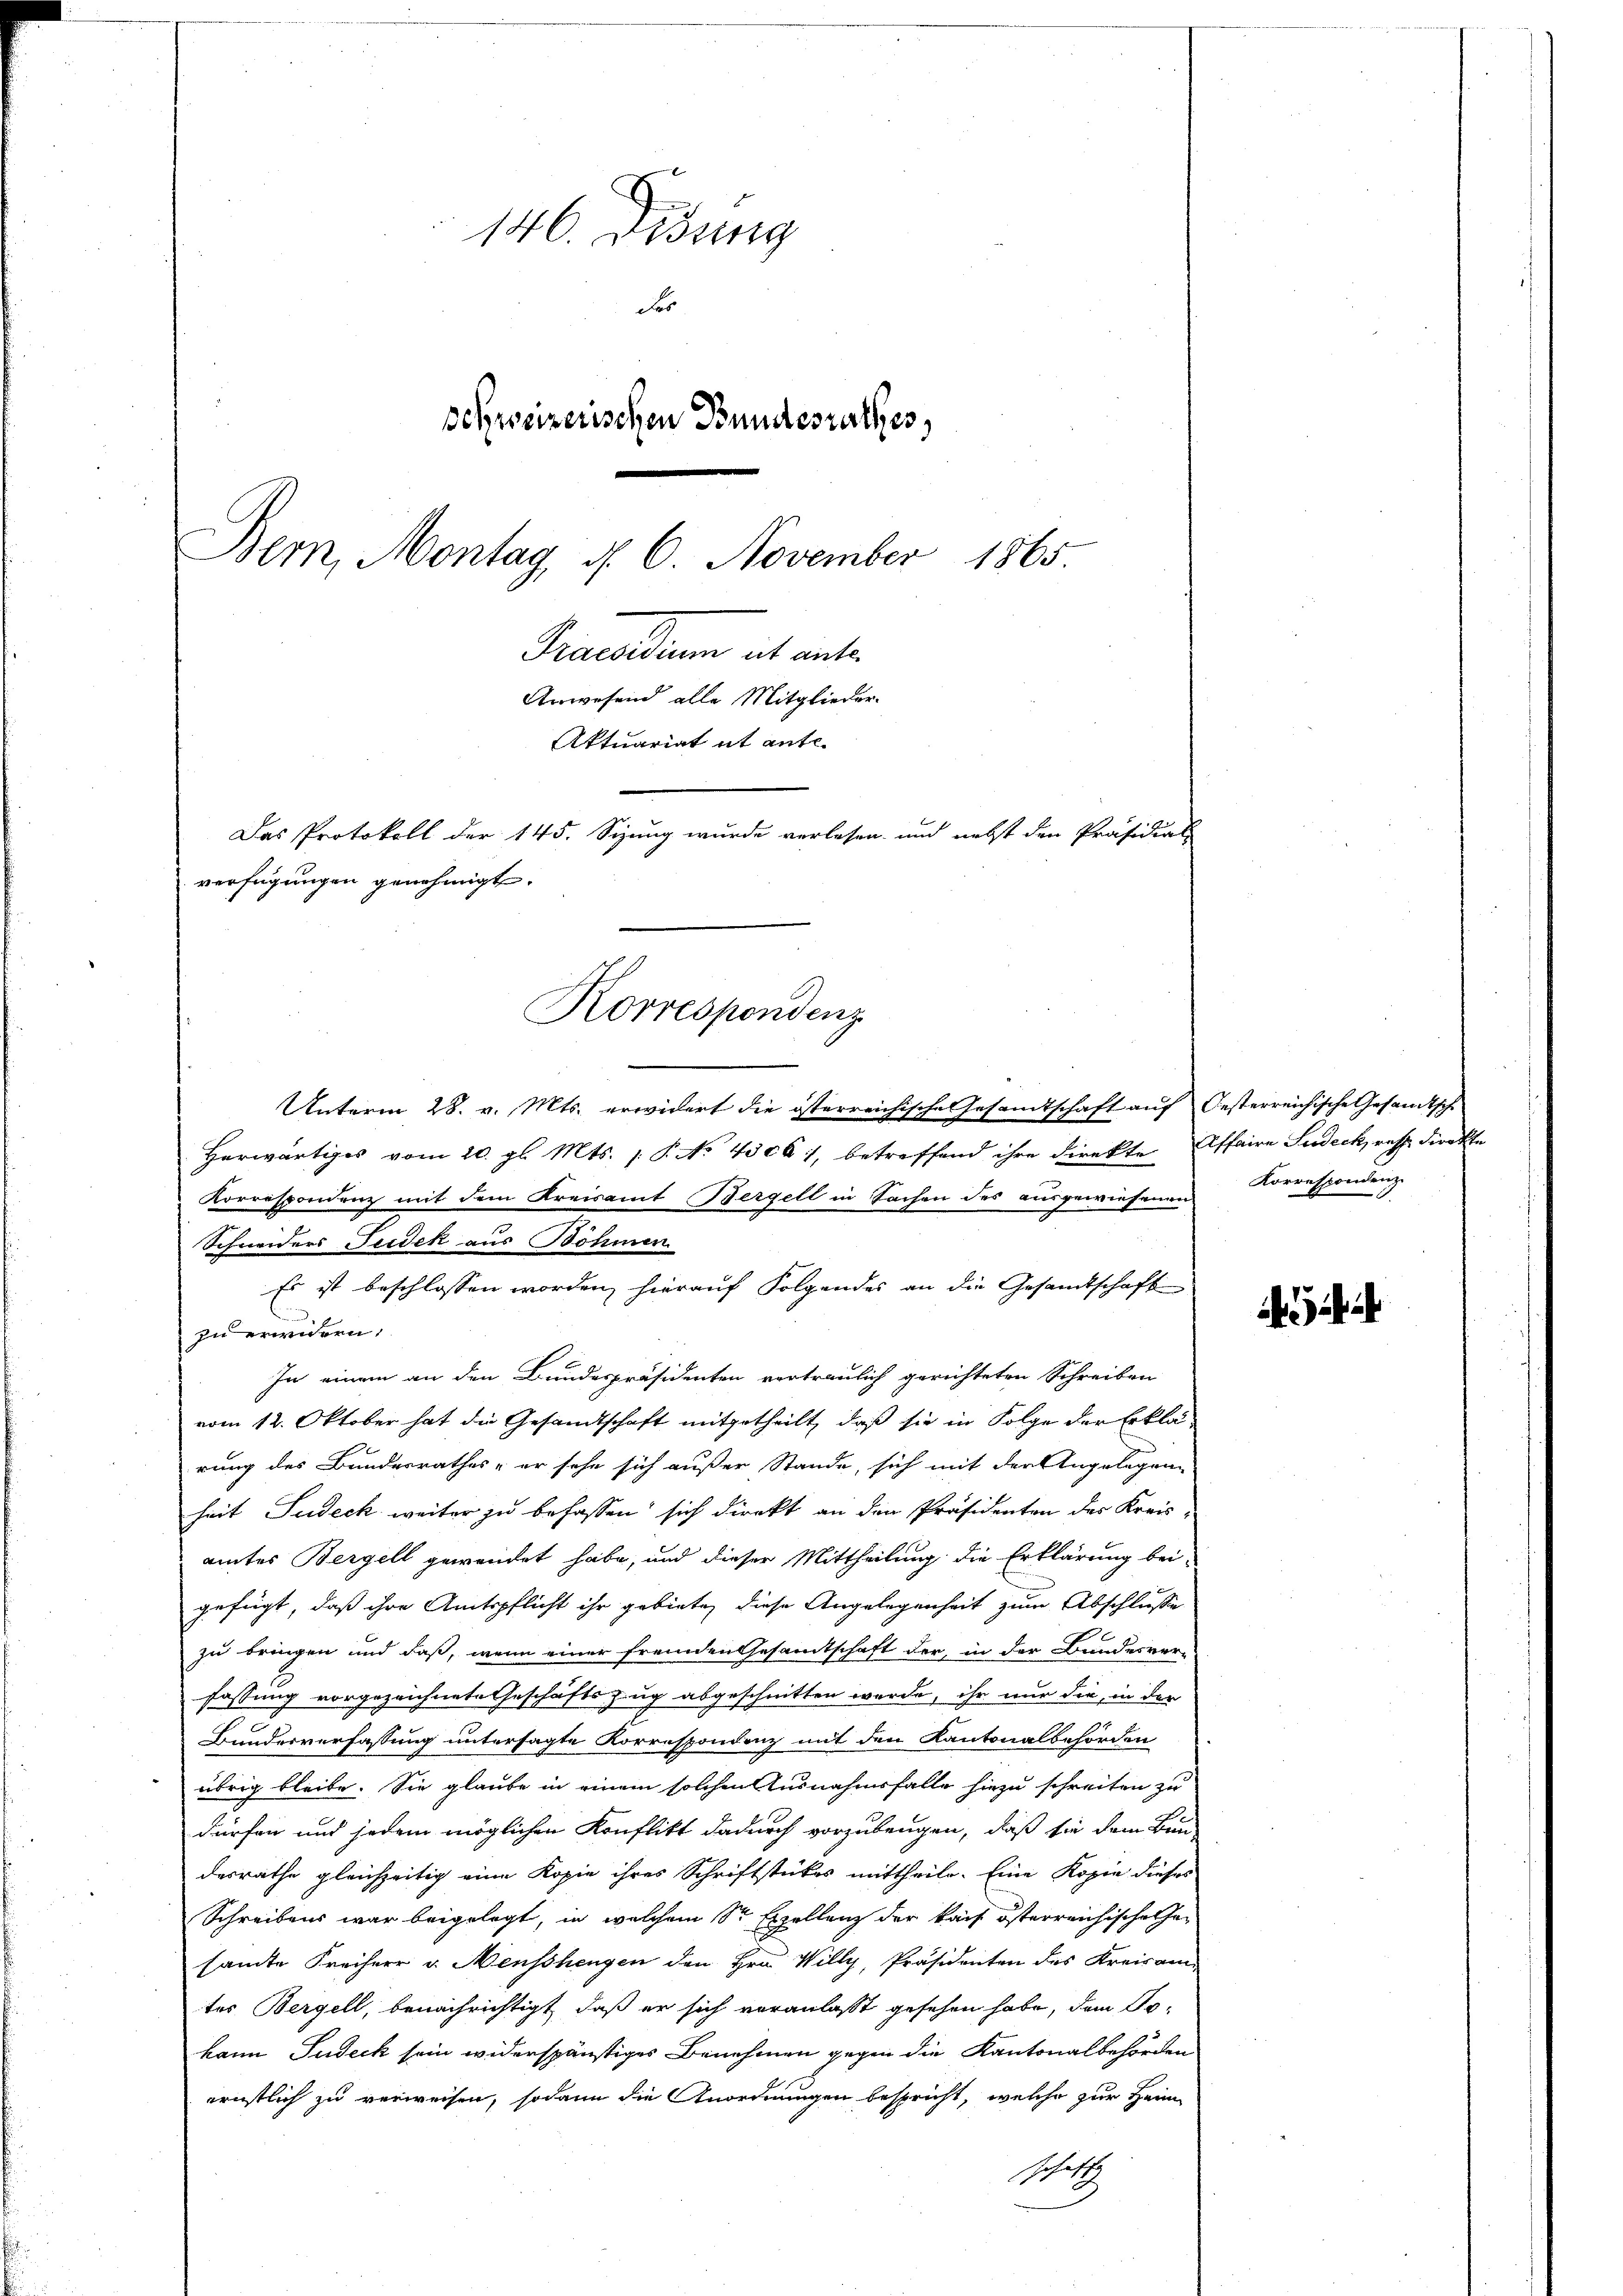
9
146. Dessing
F
schweizerischen Bundesrathes,
Bem, Montag, d. 6. November 1865.
Praesidium et unter
Anwesend alle Mitglieder-
Aktuariat it ante-
Das Protokoll der 145. Sizung wurde verlesen und nebst den Präsidial-
verfügungen genehmigt.

Korrespondenz

Unterm 28. v. Mts. erwidert die österreichische Gesandtschaft auf Oesterreichische Gesandtsch
Herwärtiges vom 20. gl. Mts. 1 P. No 4306, betreffend ihre direkte Affaire Sudeck, resp. direkte
Korrespondenz mit dem Kreisamt Bergell in Sachen des ausgewiesenen
Schneiders Seidek aus Böhmen
Es ist beschlossen worden, hierauf Folgendes an die Gesandtschaft
zu erwidern.
In einem an den Bundespräsidenten vertraulich gerichteten Schreiben
vom 12. Oktober hat die Gesandtschaft mitgetheilt, daß sie in Folge der Erklärung des Bundesrathes - er sehe sich außer Stande, sich mit der Angelegen-
heit Judeck weiter zu befassen sich direkt an den Präsidenten des Kreisamtes Bergell gewendet habe, und dieser Mittheilung die Erklärung bei-
gefügt, daß ihre Amtspflicht ihr gebiete, diese Angelegenheit zum Abschlusse
zu bringen und daß, wenn einer fremden Gesamtschaft der, in der Bundesver-
fassung vorgezeichnete Geschäftszug abgeschnitten werde, ihr nur die in der
Bunderverfassung untersagte Korrespondenz mit den Kantonalbehörden
übrig bleibe. Sie glaube in einem solchen Ausnahmsfalle hiezu schreiten zu
dürfen und jedem möglichen Konflikt dadurch vorzubeugen, daß sie dem Bun-
desrathe gleichzeitig eine Kopie ihres Schriftstückes mittheile. Eine Kopie dieses
Schreibens war beigelegt, in welchem Sr Exzellenz der kais österreichische Gesamte Freiherr v. Menschengen den Hrn. Willy, Präsidenten des Kreisamtes Bergell, benachrichtigt, daß er sich veranlaßt gesehen habe, den Tokann Judeck sein widerspänstiges Benehmen gegen die Kantonalbehörden
ernstlich zu verweisen, sodann die Anordnungen bespricht, welche zur Heim
schaft

Korrespondenz